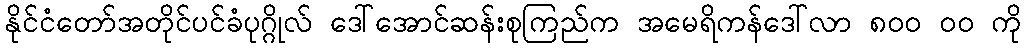
နိုင်ငံတော်အတိုင်ပင်ခံပုဂ္ဂိုလ် ဒေါ်အောင်ဆန်းစုကြည်က အမေရိကန်ဒေါ်လာ ၈၀၀ ၀၀ ကို